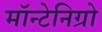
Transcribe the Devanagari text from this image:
मॉन्टेनिग्रो